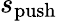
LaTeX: s_{\mathrm{push}}